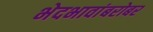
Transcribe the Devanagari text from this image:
भेदभावांबरोबर